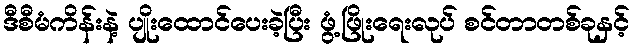
ဒီစီမံကိန်းနဲ့ ပျိုးထောင်ပေးခဲ့ပြီး ဖွံ့ဖြိုးရေးလုပ် စင်တာတစ်ခုနှင့်